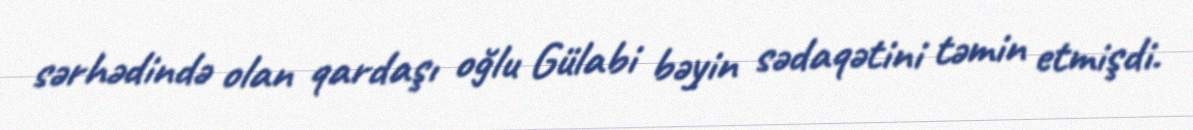
sərhədində olan qardaşı oğlu Gülabi bəyin sədaqətini təmin etmişdi.